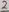
Text: 2